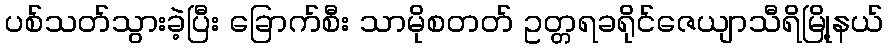
ပစ်သတ်သွားခဲ့ပြီး ခြောက်စီး သာမိုစတတ် ဥတ္တရခရိုင်ဇေယျာသီရိမြို့နယ်